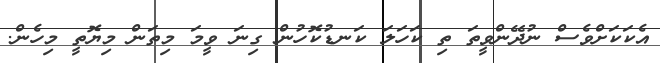
އެކަކަށްވެސް ނުދޭންވީތަ ތި ކަހަލަ ކަނޑުކޮހުން ގިނަ ވީމަ މިތަން މިޔޮތީ މިހެން.